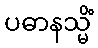
ပဓာနသ္မိံ